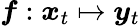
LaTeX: \boldsymbol f:\boldsymbol x_{t}\mapsto\boldsymbol y_{t}